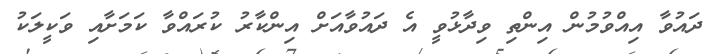
ދައުވާ އިއްވުމުން އިންތި ވިދާޅުވީ އެ ދައުވާއަށް އިންކާރު ކުރައްވާ ކަމަށާއި ވަކީލަކު